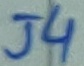
Text: J4